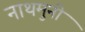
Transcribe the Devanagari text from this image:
नाथमुनी